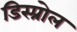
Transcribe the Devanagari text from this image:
डिस्प्रोल